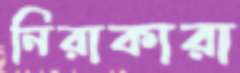
নিরাকারা